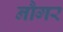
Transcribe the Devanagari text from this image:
नौगर